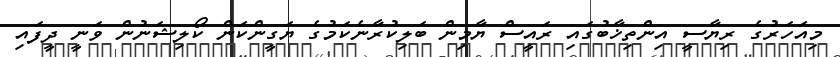
މިއަހަރުގެ ރިޔާސީ އިންތިޚާބުގައި ރައީސް ޔާމިން ބަލިކުރާނެކަމުގެ ޔަގީންކަން ކޯލިޝަނުން ވަނީ ދީފައި